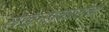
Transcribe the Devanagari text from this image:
लेखनप्रकारांचा